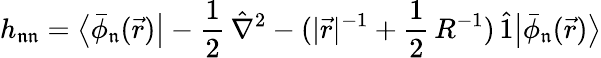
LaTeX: h_{\mathfrak{n}\mathfrak{n}}=\big\langle\bar{\phi}_{\mathfrak{n}}(\vec{r})\big|-\frac{1}{2}\, \hat{\nabla}^{2}-(|\vec{r}|^{-1}+\frac{1}{2}\, R^{-1})\, \hat{1}\big|\bar{\phi}_{\mathfrak{n}}(\vec{r})\big\rangle